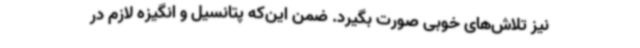
نیز تلاش‌های خوبی صورت بگیرد. ضمن این‌که پتانسیل و انگیزه لازم در